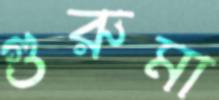
গুরুমা